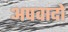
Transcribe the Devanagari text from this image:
अपवादो